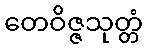
တေဝိဇ္ဇသုတ္တံ